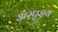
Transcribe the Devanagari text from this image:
अस्‍पृश्य